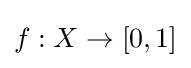
f:X\to [0,1]